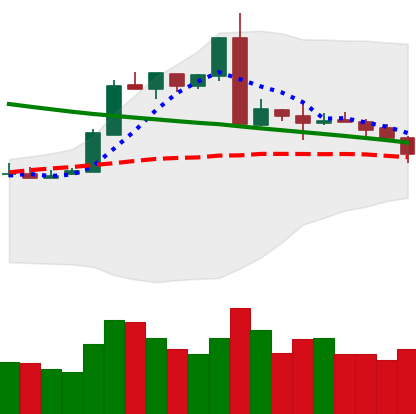
Ticker: ETH-USD
Chart end date: 2019-03-04
Forward return: 7.976%
Label: up_7plus